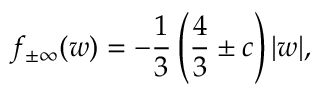
f _ { \pm \infty } ( w ) = - \frac { 1 } { 3 } \left( \frac { 4 } { 3 } \pm c \right) | w | ,